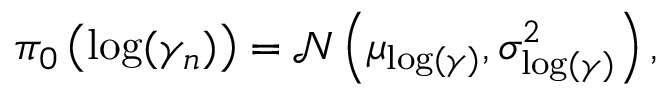
\begin{array} { r } { \pi _ { 0 } \left( \log ( \gamma _ { n } ) \right) = \mathcal { N } \left( \mu _ { \log ( \gamma ) } , \sigma _ { \log ( \gamma ) } ^ { 2 } \right) , } \end{array}